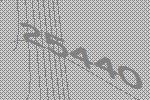
25440